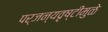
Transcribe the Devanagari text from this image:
पर्जन्यवृष्टीमुळे